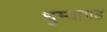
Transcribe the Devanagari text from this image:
धुम्यागड